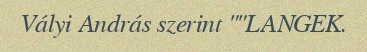
Vályi András szerint ""LANGEK.